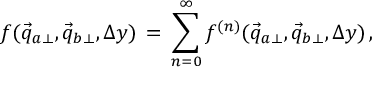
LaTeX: f ( \vec { q } _ { a \perp } , \vec { q } _ { b \perp } , \Delta y ) \, = \, \sum _ { n = 0 } ^ { \infty } f ^ { ( n ) } ( \vec { q } _ { a \perp } , \vec { q } _ { b \perp } , \Delta y ) \, ,